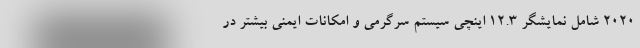
2020 شامل نمایشگر 12.3 اینچی سیستم سرگرمی و امکانات ایمنی بیشتر در